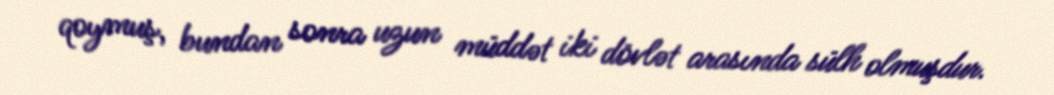
qoymuş, bundan sonra uzun müddət iki dövlət arasında sülh olmuşdur.